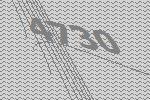
4730